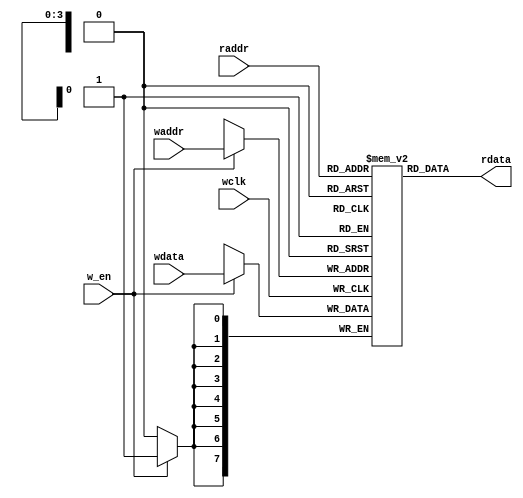
`timescale 1ns / 1ps
//////////////////////////////////////////////////////////////////////////////////

//////////////////////////////////////////////////////////////////////////////////


module FIFO   (rdata,
              wclk,
              w_en,
              raddr,
              wdata,
              waddr);
parameter DATASIZE=8;
parameter ADDRSIZE=4;              
output[DATASIZE-1:0] rdata;
input wclk,
      w_en;
input[ADDRSIZE-1:0] waddr,
                    raddr;
input[DATASIZE-1:0] wdata;            

//MEMORY mem(
//  .a(waddr),
//  .d(rdata),
//  .dpra(raddr),
//  .clk(wclk),
//  .we(w_en),
//  .dpo(rdata)
//);


localparam DEPTH=1<<ADDRSIZE;
reg[DATASIZE-1:0] mem[0:DEPTH-1];          

always @(posedge wclk)
if(w_en)
 mem[waddr]<= #3 wdata;
 
assign rdata=mem[raddr]; 

endmodule